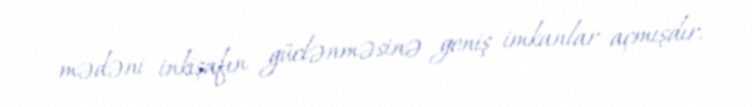
mədəni inkişafın güclənməsinə geniş imkanlar açmışdır.